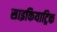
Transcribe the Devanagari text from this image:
साइकियाट्रिक